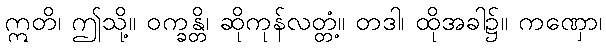
ဣတိ၊ ဤသို့။ ဝက္ခန္တိ၊ ဆိုကုန်လတ္တံ့။ တဒါ၊ ထိုအခါ၌။ ကဏှော၊